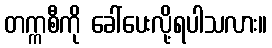
တက္ကစီကို ခေါ်ပေးလို့ရပါသလား။